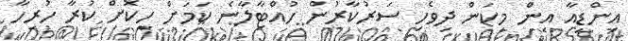
އިންޑިއާ އިން މިކަން ދިވެހި ސަރުކާރުން ހުއްޓާލާނެ ކަމަށް ހީކޮށް ކުރާ ހުރިހާ